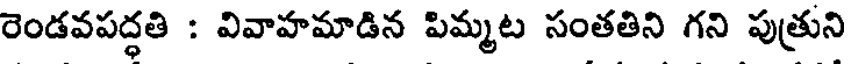
రెండవపద్ధతి : వివాహమాడిన పిమ్మట సంతతిని గని పుత్రుని